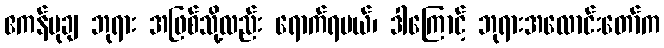
ဧကန်မုချ ဘုရား အဖြစ်သို့လည်း ရောက်ရမယ်၊ ဒါကြောင့် ဘုရားအလောင်းတော်က